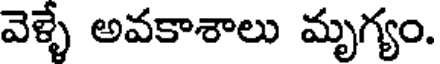
వెళ్ళే అవకాశాలు మృగ్యం.